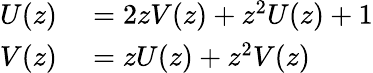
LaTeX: \begin{array}{rl}{U(z)}&{{}=2zV(z)+z^{2}U(z)+1}\\ {V(z)}&{{}=zU(z)+z^{2}V(z)}\end{array}